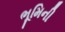
ભૂમિની